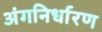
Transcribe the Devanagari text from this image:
अंगनिर्धारण